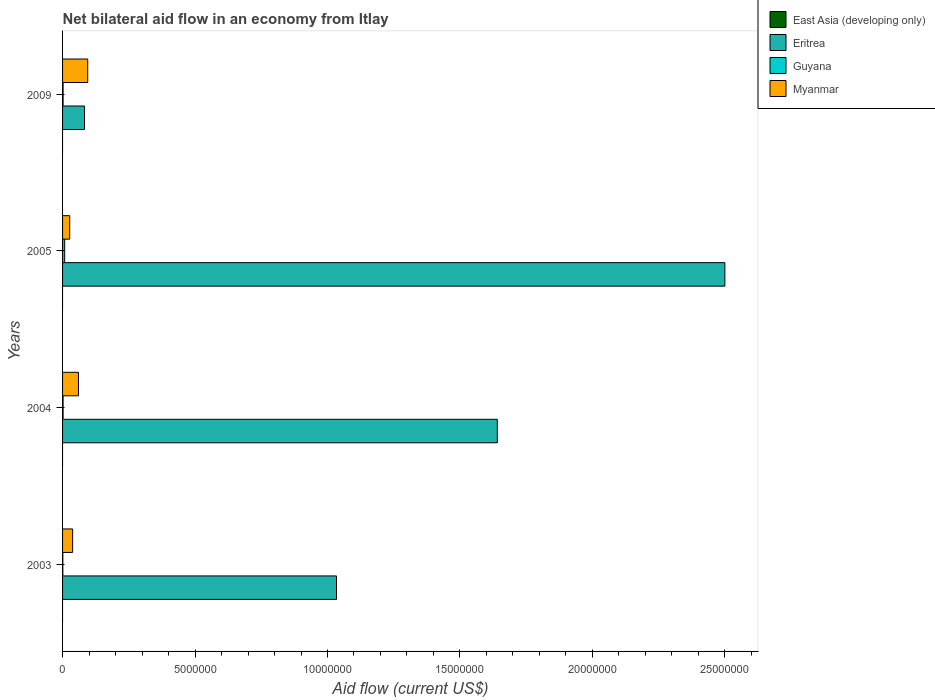
| Years | East Asia (developing only) | Eritrea | Guyana | Myanmar |
 | --- | --- | --- | --- | --- |
 | 2003 | -2.09e+07 | 1.03e+07 | 1e+04 | 3.8e+05 |
 | 2004 | -2.43e+07 | 1.64e+07 | 2e+04 | 6e+05 |
 | 2005 | -1.67e+07 | 2.5e+07 | 8e+04 | 2.7e+05 |
 | 2009 | -3.76e+07 | 8.3e+05 | 2e+04 | 9.5e+05 |